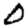
Digit: 0